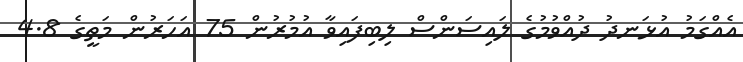
އެއްގަމު އުޅަނދު ދުއްވުމުގެ ލައިސަންސް ލިބިފައިވާ އުމުރުން 75 އަހަރުން މަތީގެ 4.8